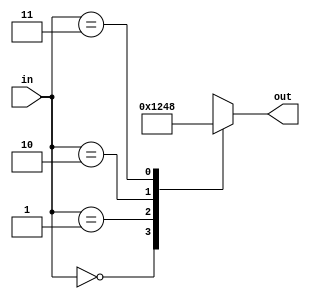
`timescale 1ns / 1ps
//////////////////////////////////////////////////////////////////////////////////
// Company: 
// Engineer: 
// 
// Design Name: 
// Module Name: deco_2to4
// Project Name: 
// Target Devices: 
// Tool Versions: 
// Description: 
// 
// Dependencies: 
// 
// Revision:
// Revision 0.01 - File Created
// Additional Comments:
// 
//////////////////////////////////////////////////////////////////////////////////

module deco_2to4 (
    input [1:0] in,
    output reg [3:0] out
);
    always @(*) begin
        case (in)
            2'b00: out = 4'b0001;
            2'b01: out = 4'b0010;
            2'b10: out = 4'b0100;
            2'b11: out = 4'b1000;
            default: out = 4'b0001;  // Default to avoid latches
        endcase
    end
endmodule